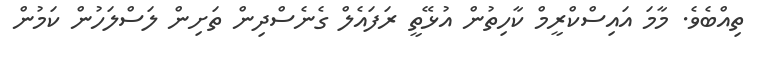
ތިއްބެވެ. މާމަ އައިސްކްރީމް ކާހިތުން އުޅޭތީ ރަފައެލް ގެނެސްދިން ތަށިން ލަސްލަހުން ކަމުން